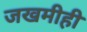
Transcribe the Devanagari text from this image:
जखमीही